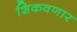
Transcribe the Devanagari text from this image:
शिकवणार